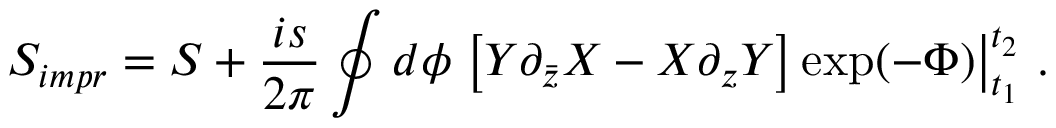
S _ { i m p r } = S + \frac { i s } { 2 \pi } \oint d \phi \left. \left[ Y \partial _ { \bar { z } } X - X \partial _ { z } Y \right] \exp ( - \Phi ) \right| _ { t _ { 1 } } ^ { t _ { 2 } } \, .